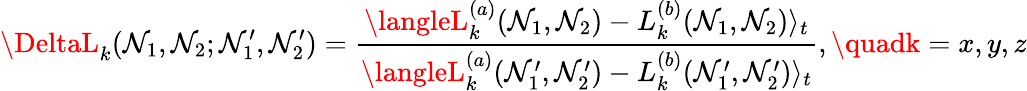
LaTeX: \DeltaL_{k}(\mathcal{N}_{1},\mathcal{N}_{2};\mathcal{N}_{1}^{\prime},\mathcal{N}_{2}^{\prime})=\frac{{\langleL_{k}^{(a)}(\mathcal{N}_{1},\mathcal{N}_{2})-L_{k}^{(b)}(\mathcal{N}_{1},\mathcal{N}_{2})\rangle_{t}}}{{\langleL_{k}^{(a)}(\mathcal{N}_{1}^{\prime},\mathcal{N}_{2}^{\prime})-L_{k}^{(b)}(\mathcal{N}_{1}^{\prime},\mathcal{N}_{2}^{\prime})\rangle_{t}}},\quadk=x,y,z